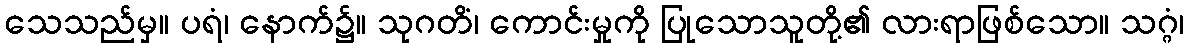
သေသည်မှ။ ပရံ၊ နောက်၌။ သုဂတိံ၊ ကောင်းမှုကို ပြုသောသူတို့၏ လားရာဖြစ်သော။ သဂ္ဂံ၊